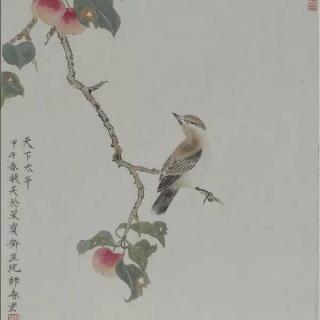
别有相思处，啼鸟杂夜风。